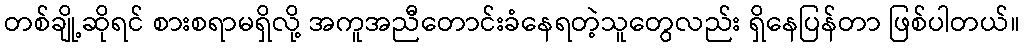
တစ်ချို့ဆိုရင် စားစရာမရှိလို့ အကူအညီတောင်းခံနေရတဲ့သူတွေလည်း ရှိနေပြန်တာ ဖြစ်ပါတယ်။